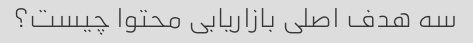
سه هدف اصلی بازاریابی محتوا چیست؟